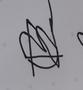
Signature authenticity: forged